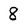
Character: 8